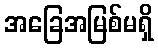
အခြေအမြစ်မရှိ